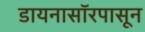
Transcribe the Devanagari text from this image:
डायनासॉरपासून